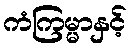
ကံကြမ္မာနှင့်